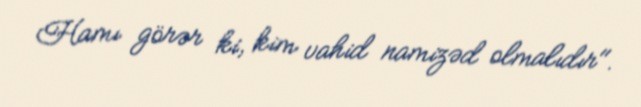
Hamı görər ki, kim vahid namizəd olmalıdır".